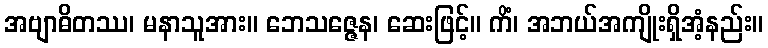
အဗျာဓိတဿ၊ မနာသူအား။ ဘေသဇ္ဇေန၊ ဆေးဖြင့်။ ကိံ၊ အဘယ်အကျိုးရှိအံ့နည်း။